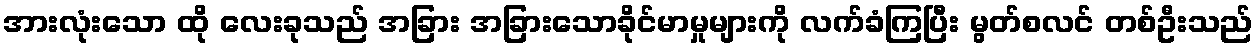
အားလုံးသော ထို လေးခုသည် အခြား အခြားသောခိုင်မာမှုများကို လက်ခံကြပြီး မွတ်စလင် တစ်ဦးသည်